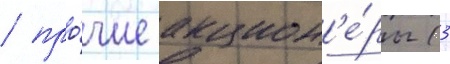
/ про́чие акцион'е́ры (3